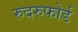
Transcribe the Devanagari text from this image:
रुदरुफोर्ड